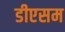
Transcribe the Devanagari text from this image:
डीएसम